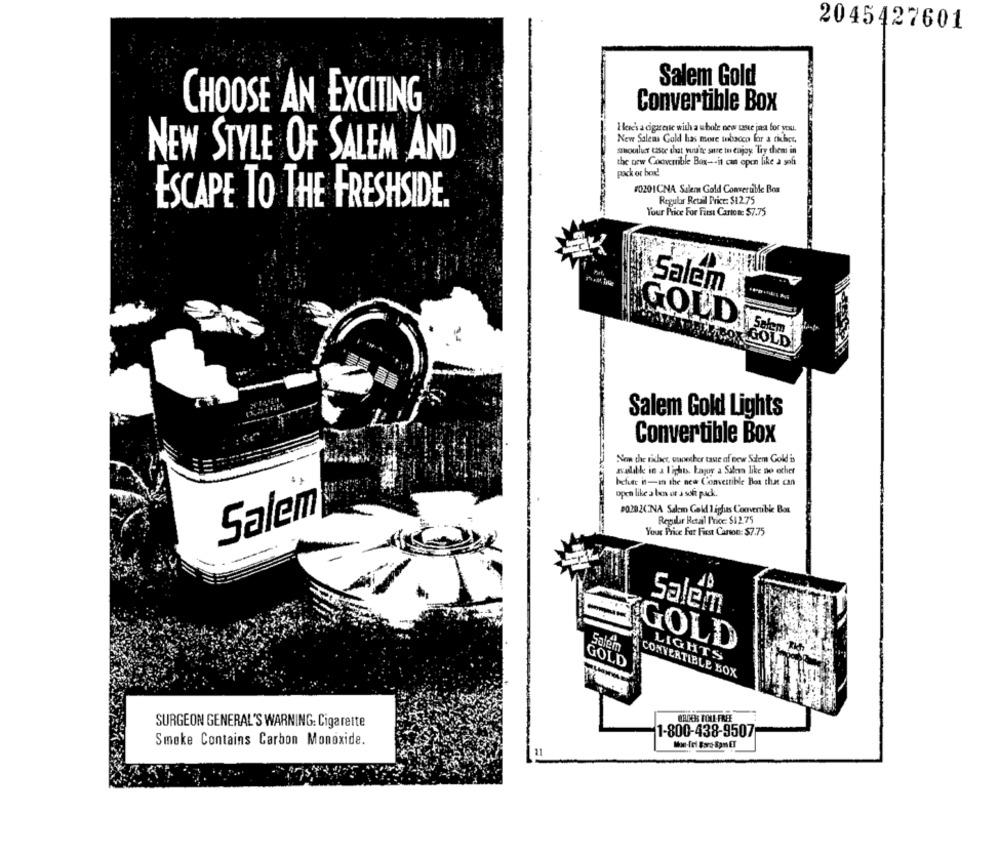
2045427601
Salem Gold
CHOOSE AN EXCITING
Convertible Box
Here's a cigarente with a whole new taste je for you.
New Salems Gold has more tobacco for a richer.
suoulver tasse that you'te sure to enjoy "Try them in
NEW STYLE OF SALEM AND
the new Convertible Box -- it can open like a soft
pack or bor!
#0201CNA Salem Gold Convertible Box
ESCAPE TO THE FRESHSIDE.
Regular Retail Price: $12.75
Your Price For First Carton: $7.75
Salem
GOLD
Selem
ABOX GOLD
Salem Gold Lights
Convertible Box
Nen the richer, oupecher tave af few Solem Gold is
svaldk in a light. bajor a Salen like no other
befuer int-in the new Convertible Boa that can
open like a ben or a sofi pack.
PO202CNA Salem Gold ligfus Convertible Bor
Salem
Regular Retail Price: $12.75
Your Price For First Carson: $7.75
Salem
Solem
GOLD
LIGHTS
GOLD
CONVERTIBLE BOX
BROOS TOLL FREE
SURGEON GENERAL'S WARNING: Cigarette
1-800-438-9507
Smoke Contains Carbon Monoxide.
11